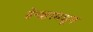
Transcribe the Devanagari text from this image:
डेन्व्हरमधून